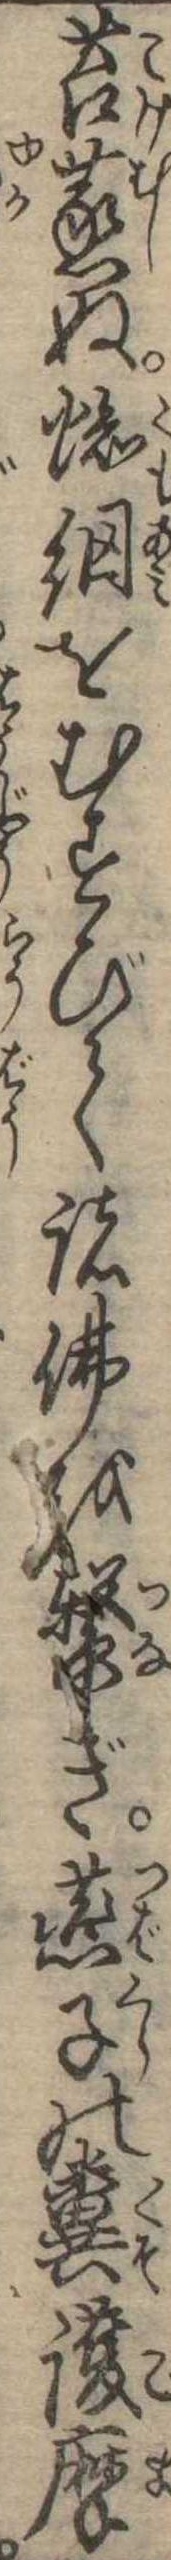
苔蒸ぬ蜘網をむすびて諸仏を繋ぎ燕子の糞護摩